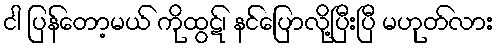
ငါ ပြန်တော့မယ် ကိုထွဋ်၊ နင်ပြောလို့ပြီးပြီ မဟုတ်လား